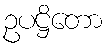
ဥပဋ္ဌိတော